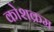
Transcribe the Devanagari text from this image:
कोशक्रम